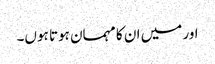
اور میں ان کا مہمان ہوتا ہوں۔